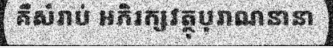
គឺសំរាប់ អភិរក្សវត្ថុបុរាណនានា